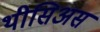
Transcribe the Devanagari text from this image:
थीसिअस